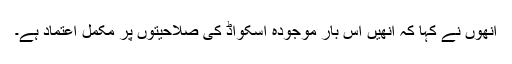
انھوں نے کہا کہ انھیں اس بار موجودہ اسکواڈ کی صلاحیتوں پر مکمل اعتماد ہے۔